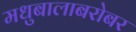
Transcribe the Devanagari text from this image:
मधुबालाबरोबर